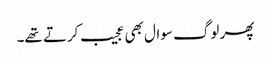
پھر لوگ سوال بھی عجیب کرتے تھے۔